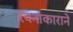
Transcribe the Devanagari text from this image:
रचनाकाराने